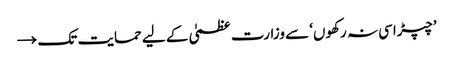
’چپڑاسی نہ رکھوں‘ سے وزارت عظمیٰ کے لیے حمایت تک →